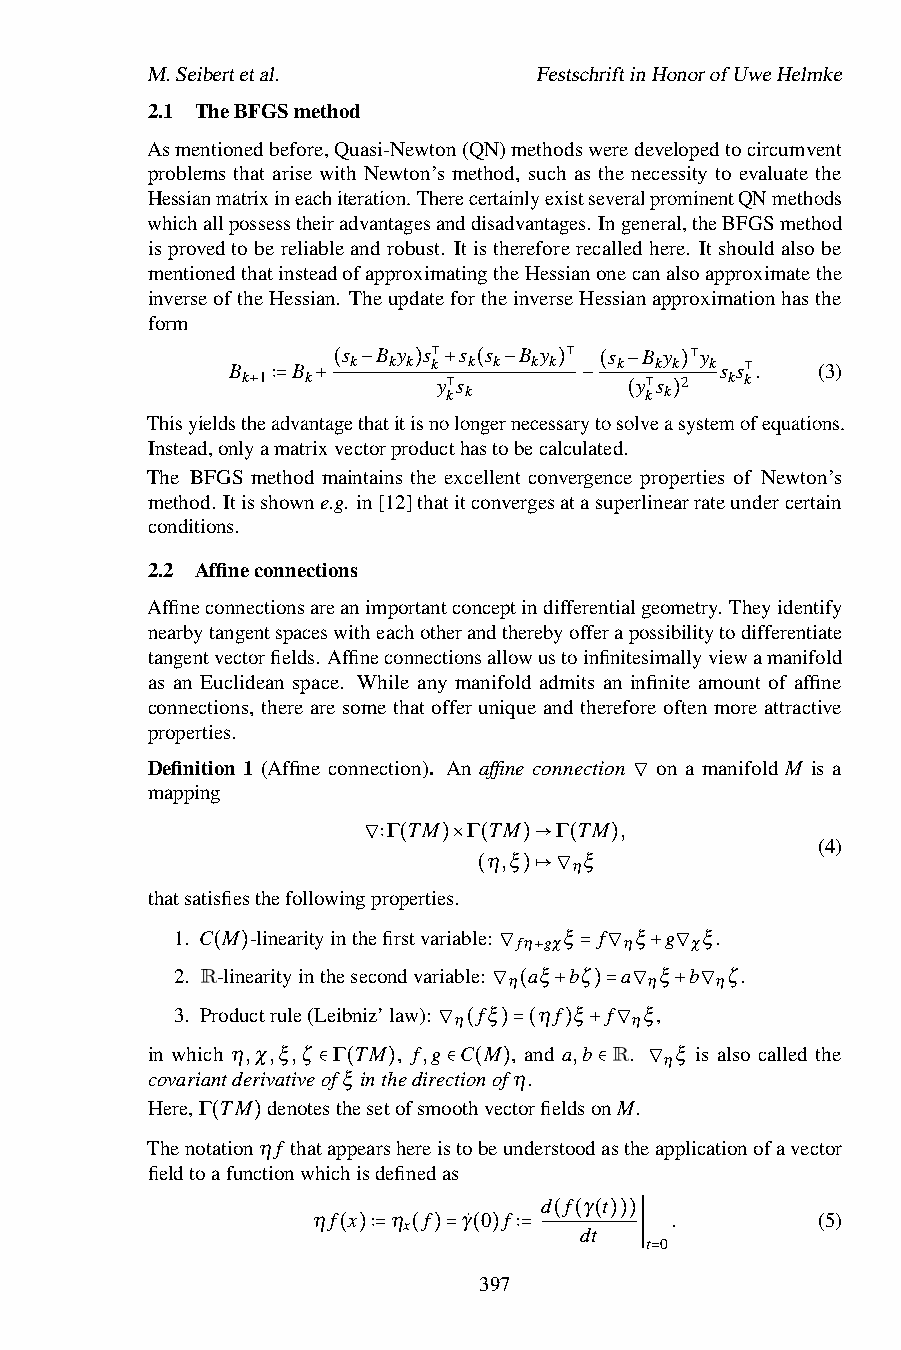
M.Seibertetal.            FestschriftinHonorofUweHelmke
 2.1 TheBFGSmethod
 Asmentionedbefore,Quasi-Newton(QN)methodsweredevelopedtocircumvent
 problems that arise with Newton’s method, such as the necessity to evaluate the
 Hessianmatrixineachiteration. TherecertainlyexistseveralprominentQNmethods
 whichallpossesstheiradvantagesanddisadvantages. Ingeneral,theBFGSmethod
 isprovedtobereliableandrobust. Itisthereforerecalledhere. Itshouldalsobe
 mentionedthatinsteadofapproximatingtheHessianonecanalsoapproximatethe
 inverseoftheHessian. TheupdatefortheinverseHessianapproximationhasthe
 form
 B   B   s k B ky k s k s k s k B ky k s k B ky k y ks s . (3)
 k 1 k
 ( −  )
 ⊺y +ks
 k
 ( −
 )⊺
 (
 −y ks
 k
 )2⊺ k ⊺k
 Thisyieldsth+ e∶a=dvan+tagethatitisno⊺ longernecessary−tosolv⊺
 easystemofequations.
 (  )
 Instead,onlyamatrixvectorproducthastobecalculated.
 The BFGS method maintains the excellent convergence properties of Newton’s
 method. Itisshowne.g. in[12]thatitconvergesatasuperlinearrateundercertain
 conditions.
 2.2 Affineconnections
 Affineconnectionsareanimportantconceptindifferentialgeometry. Theyidentify
 nearbytangentspaceswitheachotherandtherebyofferapossibilitytodifferentiate
 tangentvectorfields. Affineconnectionsallowustoinfinitesimallyviewamanifold
 as an Euclidean space. While any manifold admits an infinite amount of affine
 connections, there are some that offer unique and therefore often more attractive
 properties.
 Definition 1 (Affine connection). An affine connection on a manifold M is a
 mapping
 ∇
 Γ TM Γ TM  Γ TM ,
 (4)
 η,ξ    ξ
 η
 ∇∶ ( )× ( )→  ( )
 thatsatisfiesthefollowingproperties.
 ( )↦∇
 1. C M -linearityinthefirstvariable: ξ f ξ g ξ.
 fη gχ  η    χ
 2. R (-lin )earityinthesecondvariable:
 ∇η
 a+ξ bζ
 =
 ∇a η+ξ ∇b ηζ.
 3. Productrule(Leibniz’law): fξ ηf ξ f ξ,
 η  ∇ ( + )= η∇ + ∇
 in which η,χ,ξ,ζ Γ TM , f,g C M , and a,b R. ξ is also called the
 ∇ ( )=( ) + ∇  η
 covariantderivativeofξ inthedirectionofη.
 Here,Γ TM denote∈ sth( eset) ofsmo∈ oth( ve) ctorfieldso∈ nM. ∇
 Thenotationηf thatappearshereistobeunderstoodastheapplicationofavector
 (  )
 fieldtoafunctionwhichisdefinedas
 d f γ t
 ηf x η f  γ˙ 0 f       .         (5)
 x
 dt
 t 0
 ( ( ( )))
 ( )∶= ( )= ( ) ∶=   ∣
 397        =